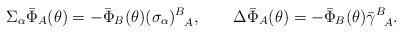
LaTeX: \begin{align*}\Sigma_\alpha \bar{\Phi}_A(\theta) = - \bar{\Phi}_B(\theta)(\sigma_\alpha)^B_{~~\!A},\qquad\Delta \bar{\Phi}_A(\theta) = - \bar{\Phi}_B(\theta) {\bar\gamma}^B_{~~\!A}.\end{align*}